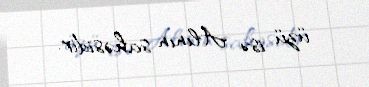
üzü isə Alının sahəsidir.